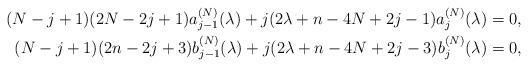
LaTeX: \begin{align*} (N-j+1)(2N-2j+1)a^{(N)}_{j-1}(\lambda)+j(2\lambda+n-4N+2j-1)a_j^{(N)}(\lambda)&=0,\\ (N-j+1)(2n-2j+3)b_{j-1}^{(N)}(\lambda)+j(2\lambda+n-4N+2j-3)b_j^{(N)}(\lambda)&=0, \end{align*}